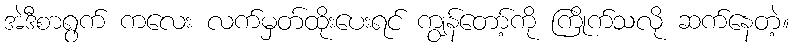
အဲဒီစာရွက် ကလေး လက်မှတ်ထိုးပေးရင် ကျွန်တော့်ကို ကြိုက်သလို ဆက်နေတဲ့။